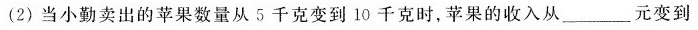
(2)当小勤卖出的苹果数量从5千克变到10千克时，苹果的收入从___元变到